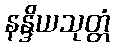
နန္ဒိယသုတ္တံ